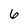
Character: 6